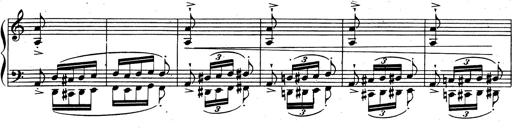
Title: Rhapsodie espagnole
Composer: Franz Liszt